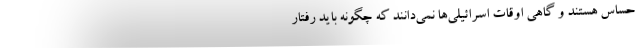
حساس هستند و گاهی اوقات اسرائیلی‌ها نمی‌دانند که چگونه باید رفتار